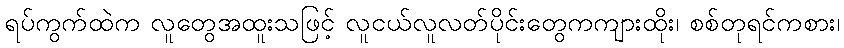
ရပ်ကွက်ထဲက လူတွေအထူးသဖြင့် လူငယ်လူလတ်ပိုင်းတွေကကျားထိုး၊ စစ်တုရင်ကစား၊